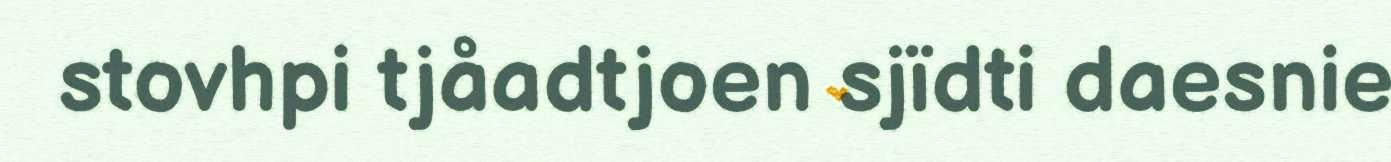
stovhpi tjåadtjoen sjïdti daesnie